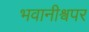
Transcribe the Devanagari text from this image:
भवानीश्वपर